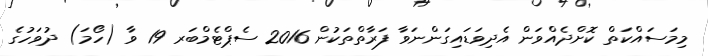
މިމަސައްކަތް ކޮށްދެއްވަން އެދިވަޑައިގަންނަވާ ފަރާތްތަކުން 2016 ސެޕްޓެމްބަރ 19 ވާ (ހޯމަަ) ދުވަހުގެ